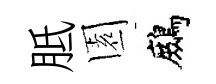
胝園鷓